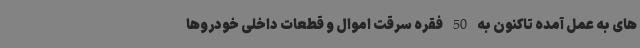
های به عمل آمده تاکنون به 50 فقره سرقت اموال و قطعات داخلی خودروها